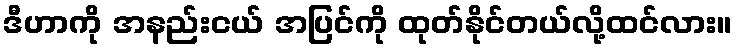
ဒီဟာကို အနည်းငယ် အပြင်ကို ထုတ်နိုင်တယ်လို့ထင်လား။